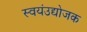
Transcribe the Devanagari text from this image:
स्वयंउद्योजक